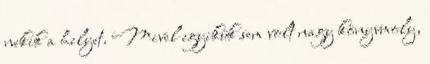
nekik a helyet. Mivel egyikük sem volt nagy könyvmoly,